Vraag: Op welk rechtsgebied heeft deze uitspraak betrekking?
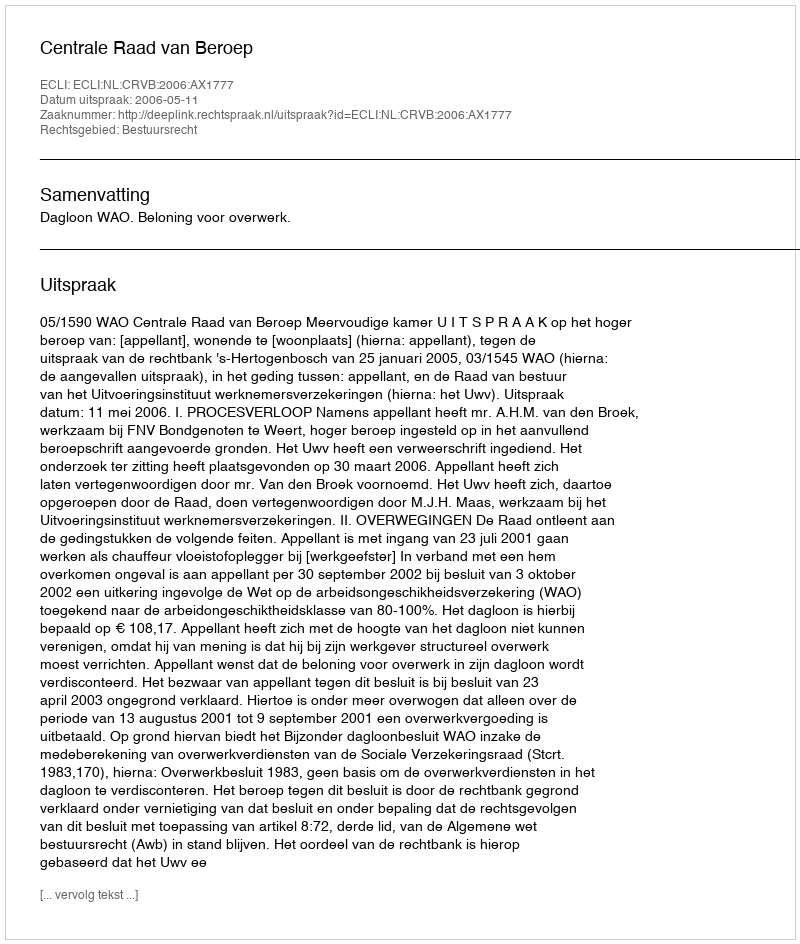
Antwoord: Bestuursrecht